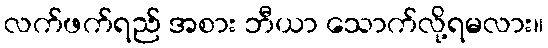
လက်ဖက်ရည် အစား ဘီယာ သောက်လို့ရမလား။